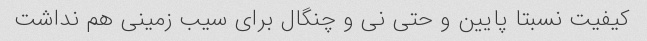
کیفیت نسبتا پایین و حتی نی و چنگال برای سیب زمینی هم نداشت